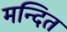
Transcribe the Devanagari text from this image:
मन्दित